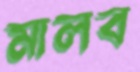
মালব